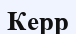
Керр